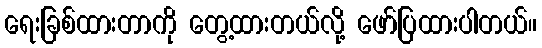
ရေးခြစ်ထားတာကို တွေ့ထားတယ်လို့ ဖော်ပြထားပါတယ်။